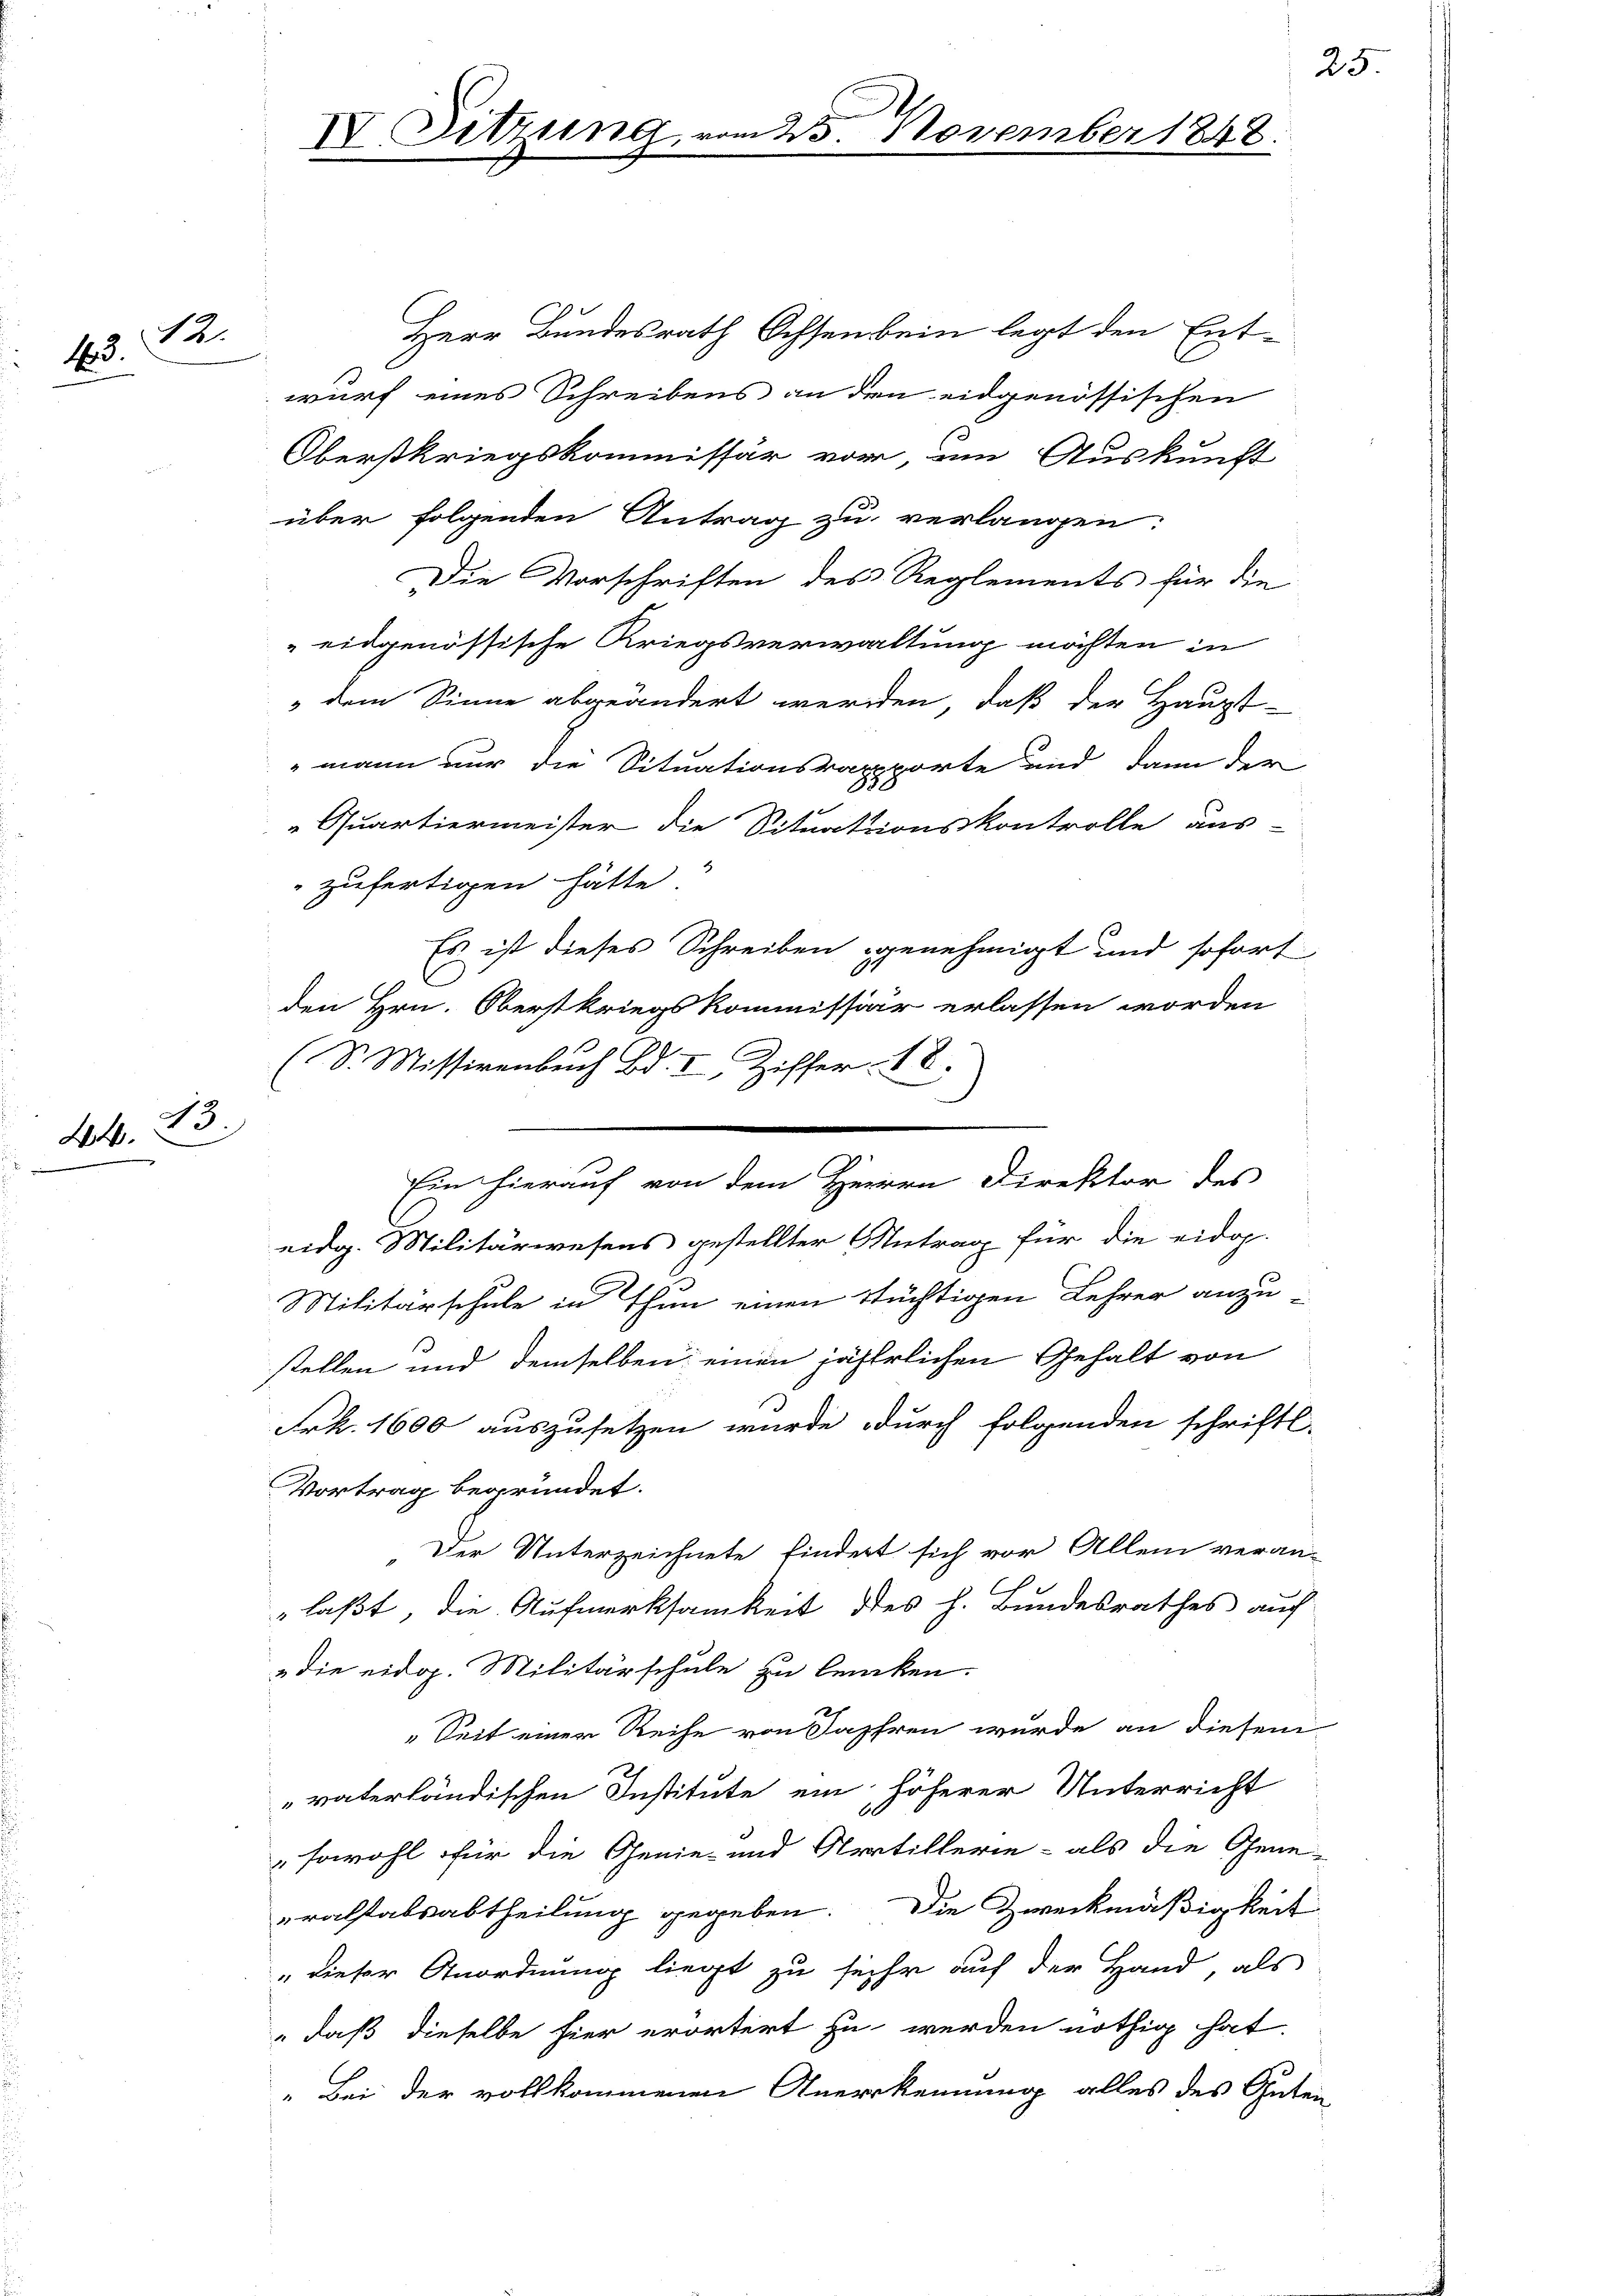
12.
13.

43.
24.

IV. Sitzung vom 25. November 1848.

Herr Bundesrath Ochsenbein legt den Entwurf eines Schreibens an den eidgenössischen
Oberstkriegskommissär vor, um Auskunft
über folgenden Antrag zu verlangen:
Die Vorschriften des Reglements für die
 eidgenössische Kriegsverwaltung möchten in
 dem Sinne abgeändert werden, daß der Haupt-
"mann nur die Situationsrapporte und dann der
 Quartiermeister die Situationskontrolle aus
zufertigen hätte
Es ist dieses Schreiben genehmigt und sofort
1
den Hrn. Oberstkriegskommissär erlassen worden
(S. Missivenbuch Bd. I Ziffer 18.
eidg. Militärwesens gestellter Antrag für die eidop-
Militärschule in Thun einen Stüchtigen Lehrer anzu-
stellen und demselben einen jährlichen Gehalt von
Frk. 1600 auszusetzen wurde durch folgenden schriftl.
Vortrag begründet.
Der Unterzeichnete findert sich vor Allem veran-
"laßt, die Aufmerksamkeit des h. Bundesrathes auf
" die eidg. Militärschule zu lenken.
Seit einer Reihe von Jahren wurde an diesem
vaterländischen Institute ein höherer Unterricht
sowohl für die Genie- und Artillerie - als die Gene-
ralstabsabtheilung gegeben. Die Zweckmäßigkeit
" dieser Anordnung liegt zu sehr auf der Hand, als
„daß dieselbe hier erörtert zu werden nöthig hat.
„Bei der vollkommenen Anerkennung alles des Guten

Ein hierauf von dem Herren Direktor des

25

e